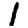
Digit: 1